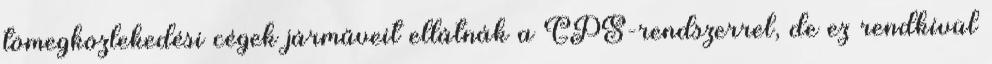
tömegközlekedési cégek járműveit ellátnák a GPS-rendszerrel, de ez rendkívül